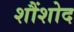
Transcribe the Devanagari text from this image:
शौंशोद